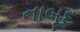
નાબૂદ